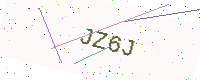
Text: JZ6J